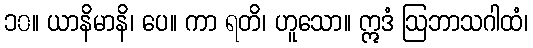
၁၀။ ယာနိမာနိ၊ ပေ။ ကာ ရတိ၊ ဟူသော။ ဣဒံ ဩဘာသဂါထံ၊